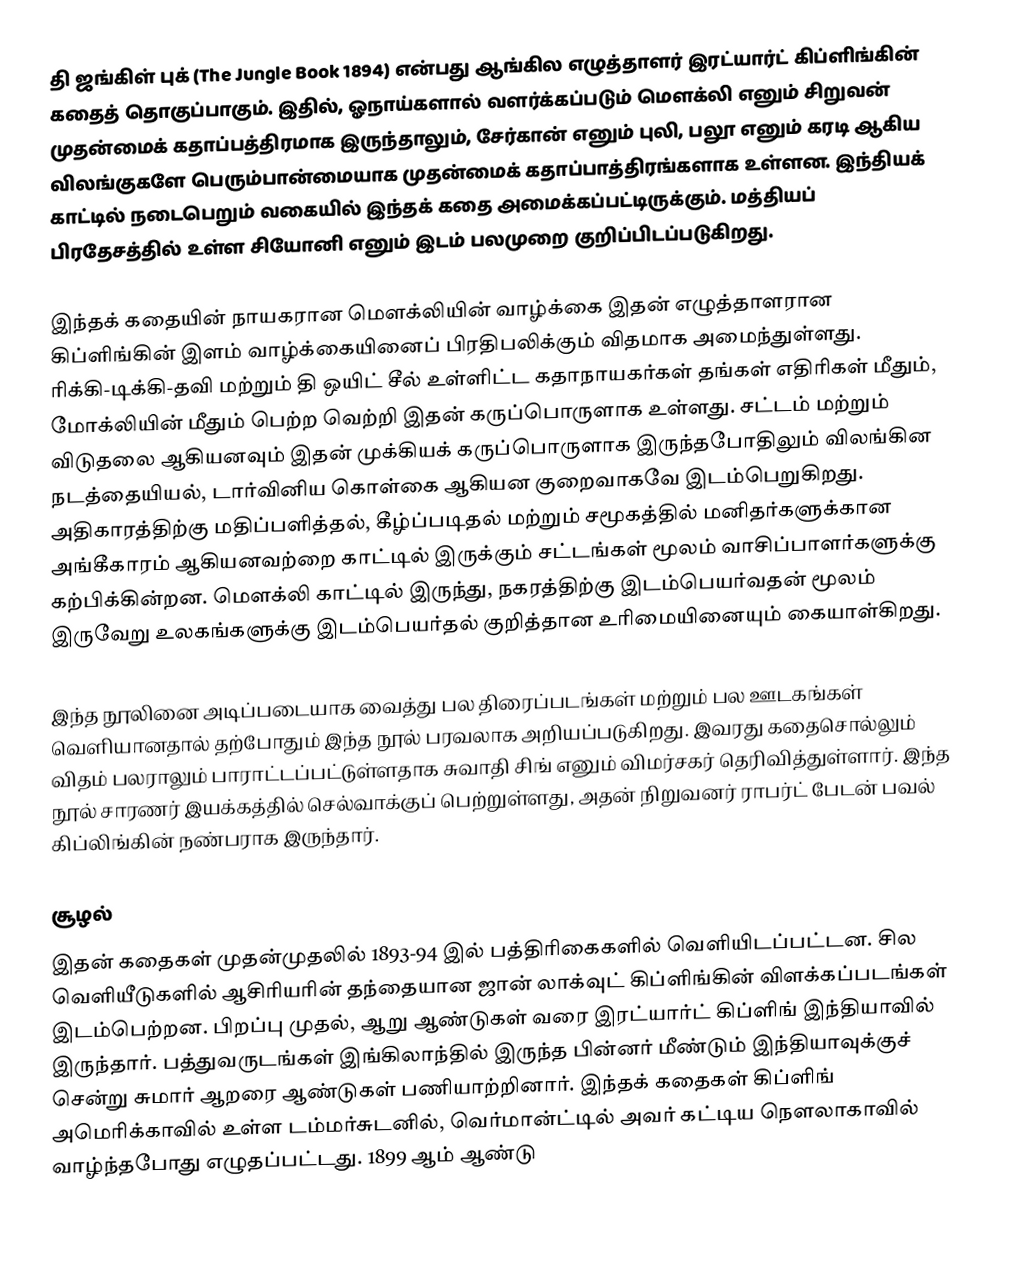
தி ஜங்கிள் புக் (The Jungle Book 1894) என்பது ஆங்கில எழுத்தாளர் இரட்யார்ட் கிப்ளிங்கின் கதைத் தொகுப்பாகும். இதில், ஓநாய்களால் வளர்க்கப்படும் மௌக்லி எனும் சிறுவன் முதன்மைக் கதாப்பத்திரமாக இருந்தாலும், சேர்கான் எனும் புலி, பலூ எனும் கரடி ஆகிய விலங்குகளே பெரும்பான்மையாக முதன்மைக் கதாப்பாத்திரங்களாக உள்ளன. இந்தியக் காட்டில் நடைபெறும் வகையில் இந்தக் கதை அமைக்கப்பட்டிருக்கும். மத்தியப் பிரதேசத்தில் உள்ள சியோனி எனும் இடம் பலமுறை குறிப்பிடப்படுகிறது.

இந்தக் கதையின் நாயகரான மௌக்லியின் வாழ்க்கை இதன் எழுத்தாளரான கிப்ளிங்கின் இளம் வாழ்க்கையினைப் பிரதிபலிக்கும் விதமாக அமைந்துள்ளது. ரிக்கி-டிக்கி-தவி மற்றும் தி ஒயிட் சீல் உள்ளிட்ட கதாநாயகர்கள் தங்கள் எதிரிகள் மீதும், மோக்லியின் மீதும் பெற்ற வெற்றி இதன் கருப்பொருளாக உள்ளது. சட்டம் மற்றும் விடுதலை ஆகியனவும் இதன் முக்கியக் கருப்பொருளாக இருந்தபோதிலும் விலங்கின நடத்தையியல், டார்வினிய கொள்கை ஆகியன  குறைவாகவே இடம்பெறுகிறது. அதிகாரத்திற்கு மதிப்பளித்தல், கீழ்ப்படிதல் மற்றும் சமூகத்தில் மனிதர்களுக்கான அங்கீகாரம் ஆகியனவற்றை காட்டில் இருக்கும் சட்டங்கள் மூலம் வாசிப்பாளர்களுக்கு கற்பிக்கின்றன. மௌக்லி காட்டில் இருந்து, நகரத்திற்கு இடம்பெயர்வதன் மூலம் இருவேறு உலகங்களுக்கு இடம்பெயர்தல் குறித்தான உரிமையினையும் கையாள்கிறது.

இந்த நூலினை அடிப்படையாக வைத்து பல திரைப்படங்கள் மற்றும் பல ஊடகங்கள் வெளியானதால் தற்போதும் இந்த நூல் பரவலாக அறியப்படுகிறது. இவரது கதைசொல்லும் விதம் பலராலும் பாராட்டப்பட்டுள்ளதாக சுவாதி சிங் எனும் விமர்சகர் தெரிவித்துள்ளார். இந்த நூல் சாரணர் இயக்கத்தில் செல்வாக்குப் பெற்றுள்ளது, அதன் நிறுவனர் ராபர்ட் பேடன் பவல் கிப்லிங்கின் நண்பராக இருந்தார்.

சூழல்
இதன் கதைகள் முதன்முதலில் 1893-94 இல் பத்திரிகைகளில் வெளியிடப்பட்டன. சில வெளியீடுகளில் ஆசிரியரின் தந்தையான ஜான் லாக்வுட் கிப்ளிங்கின் விளக்கப்படங்கள் இடம்பெற்றன. பிறப்பு முதல், ஆறு ஆண்டுகள் வரை இரட்யார்ட் கிப்ளிங் இந்தியாவில் இருந்தார். பத்துவருடங்கள் இங்கிலாந்தில் இருந்த பின்னர் மீண்டும் இந்தியாவுக்குச் சென்று சுமார் ஆறரை ஆண்டுகள் பணியாற்றினார். இந்தக் கதைகள் கிப்ளிங் அமெரிக்காவில் உள்ள டம்மர்சுடனில், வெர்மான்ட்டில் அவர் கட்டிய நௌலாகாவில் வாழ்ந்தபோது எழுதப்பட்டது.  1899 ஆம் ஆண்டு